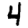
Digit: 4